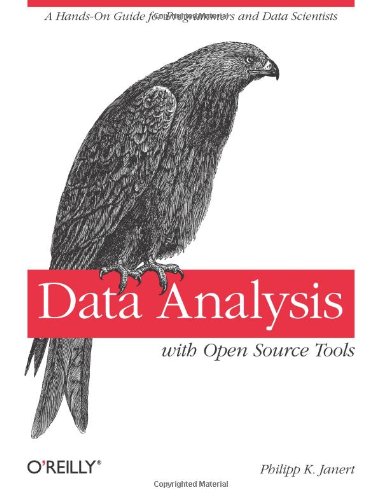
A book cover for Data Analysis with Open Source Tools; Philipp K. Janert; Computers & Technology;